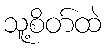
သူ့စိတ်ထဲ